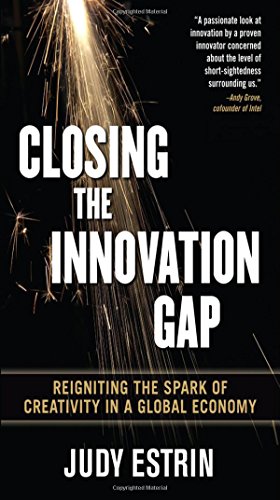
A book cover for Closing the Innovation Gap: Reigniting the Spark of Creativity in a Global Economy; Judy Estrin; Business & Money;